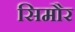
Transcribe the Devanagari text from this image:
सिमौर